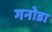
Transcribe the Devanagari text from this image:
गनोडा